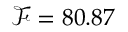
\mathcal { F } = 8 0 . 8 7 \